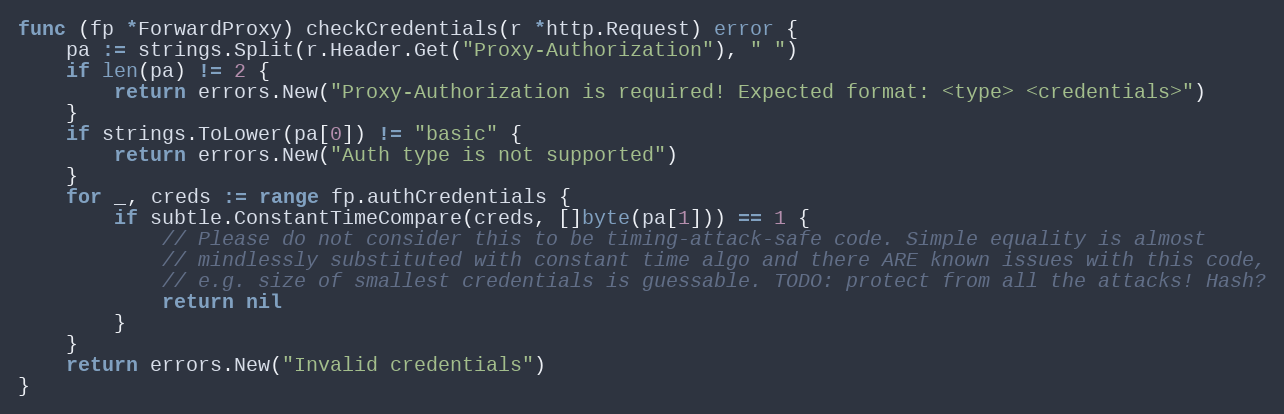
Language: Go
func (fp *ForwardProxy) checkCredentials(r *http.Request) error {
	pa := strings.Split(r.Header.Get("Proxy-Authorization"), " ")
	if len(pa) != 2 {
		return errors.New("Proxy-Authorization is required! Expected format: <type> <credentials>")
	}
	if strings.ToLower(pa[0]) != "basic" {
		return errors.New("Auth type is not supported")
	}
	for _, creds := range fp.authCredentials {
		if subtle.ConstantTimeCompare(creds, []byte(pa[1])) == 1 {
			// Please do not consider this to be timing-attack-safe code. Simple equality is almost
			// mindlessly substituted with constant time algo and there ARE known issues with this code,
			// e.g. size of smallest credentials is guessable. TODO: protect from all the attacks! Hash?
			return nil
		}
	}
	return errors.New("Invalid credentials")
}